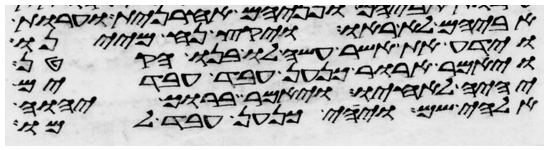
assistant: אביהם לא ראו ויקץ נח מיינו
וידע את אשר עשה לו בנו הקטן
ויאמר ארור כנען עבד עבדים
יהיה לאחיו ויאמר ברוך יהוה
אלהי שם ויהי כנען עבד למו